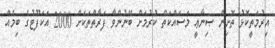
އިރުމަތީކޮޅު ތޮށިން ޞިނާޢީ މަސައްކަތް ކުރުމަށް ބޭނުންވާ ފަރާތްތަކަށް 2000 އަކަފޫޓުގެ ބިމެއް